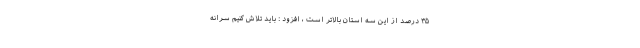
۳۵ درصد از این سه استان بالاتر است ، افزود : باید تلاش کنیم سرانه